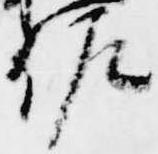
佐